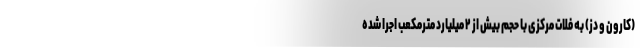
(کارون و دز) به فلات مرکزی با حجم بیش از ۲ میلیارد مترمکعب اجرا شده